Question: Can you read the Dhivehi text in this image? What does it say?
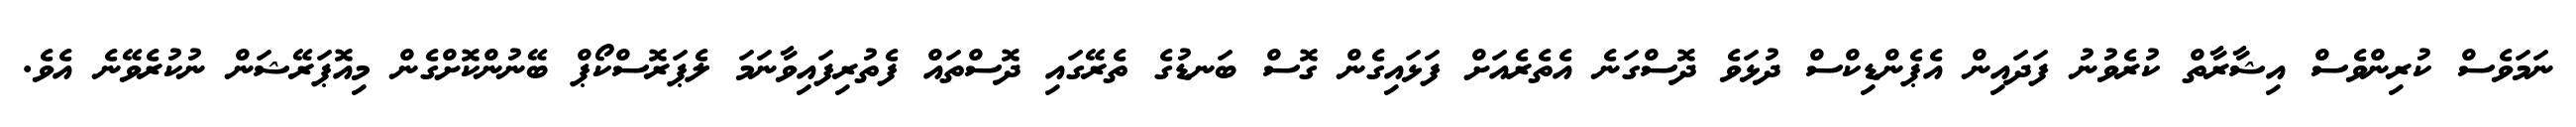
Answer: ނަމަވެސް ކުރިންވެސް އިޝާރާތް ކުރެވުނު ފަދައިން އެޕެންޑިކްސް ދުޅަވެ ދޮސްގަނެ އެތެރެއަށް ފަޅައިގެން ގޮސް ބަނޑުގެ ތެރޭގައި ދޮސްތައް ފެތުރިފައިވާނަމަ ލެޕަރޮސްކޯޕް ބޭނުންކޮށްގެން މިއޮޕަރޭޝަން ނުކުރެވޭނެ އެވެ.